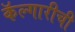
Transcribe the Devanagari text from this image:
कॅल्गारीची